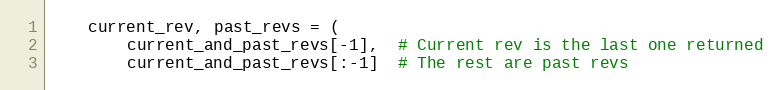
Language: Python
    current_rev, past_revs = (
        current_and_past_revs[-1],  # Current rev is the last one returned
        current_and_past_revs[:-1]  # The rest are past revs